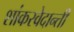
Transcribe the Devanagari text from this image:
शांकरवेदान्ती